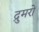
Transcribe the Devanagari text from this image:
द्रुमरों